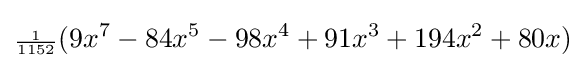
{\scriptstyle {\frac {1}{1152}}}(9x^{7}-84x^{5}-98x^{4}+91x^{3}+194x^{2}+80x)